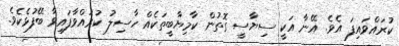
ކުރައްވައިފަ އެވެ. އޭނާ އަކީ ސިޔާސީ ގޮތުން ކާމިޔާބީތަކެއް ހާސިލު ކުރައްވާފައިވާ ބޭފުޅެކެވެ.